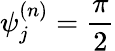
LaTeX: \psi_{j}^{(n)}={\frac{\pi}{2}}